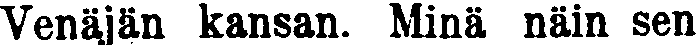
Venäjän kansan. Minä näin sen